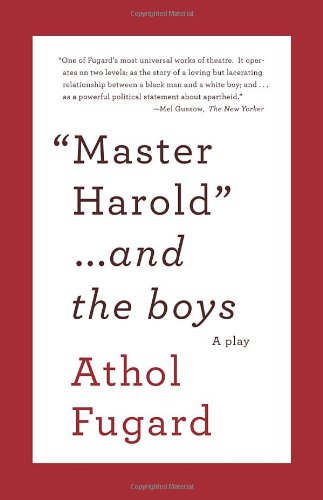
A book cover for Master Harold and the Boys (Vintage International); Athol Fugard; Literature & Fiction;